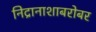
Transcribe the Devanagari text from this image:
निद्रानाशाबरोबर